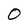
Character: 0